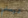
ترسلي